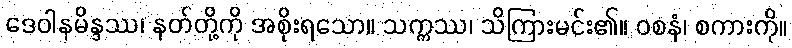
ဒေဝါနမိန္ဒဿ၊ နတ်တို့ကို အစိုးရသော။ သက္ကဿ၊ သိကြားမင်း၏။ ဝစနံ၊ စကားကို။